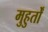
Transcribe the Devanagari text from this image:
मुहुर्तों